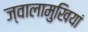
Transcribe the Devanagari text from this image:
ज्वालामुखियां